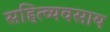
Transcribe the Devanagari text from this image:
सहित्व्यवसाय